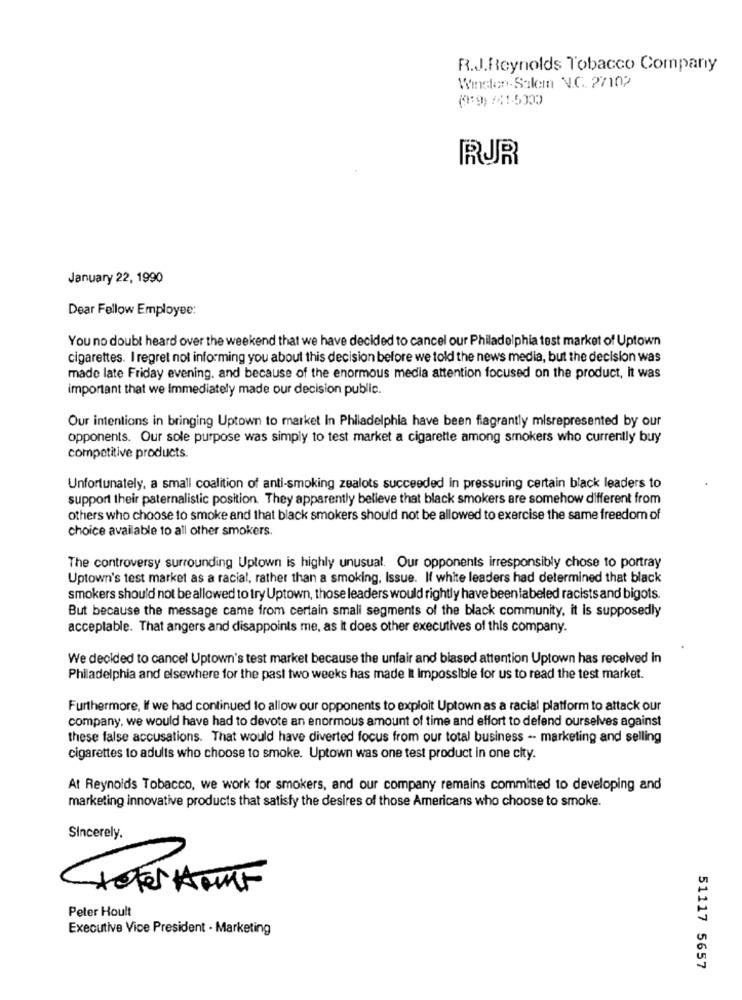
R.J.Reynolds Tobacco Company
Winston-Salem N.C. 27102
(9:9) /41-5300
January 22, 1990
Dear Fellow Employee:
You no doubt heard over the weekend that we have decided to cancel our Philadelphia test market of Uptown
cigarettes. I regret not informing you about this decision before we told the news media, but the decision was
made late Friday evening, and because of the enormous media attention focused on the product, It was
important that we Immediately made our decision public.
Our intentions in bringing Uptown to market In Philadelphia have been flagrantly misrepresented by our
opponents. Our sole purpose was simply to test market a cigarette among smokers who currently buy
competitive products.
Unfortunately, a small coalition of anti-smoking zealots succeeded in pressuring certain black leaders to
support their paternalistic position. They apparently believe that black smokers are somehow different from
others who choose to smoke and that black smokers should not be allowed to exercise the same freedom of
choice available to all other smokers.
The controversy surrounding Uptown is highly unusual. Our opponents irresponsibly chose to portray
Uptown's test market as a racial, rather than a smoking, Issue. If white leaders had determined that black
smokers should not be allowed to try Uptown, those leaders would rightly have been labeled racists and bigots.
But because the message came from certain smali segments of the black community, it is supposedly
acceptable. That angers and disappoints me, as it does other executives of this company.
We decided to cancel Uptown's test market because the unfair and biased attention Uptown has received in
Philadelphia and elsewhere for the past two weeks has made It Impossible for us to read the test market.
Furthermore, If we had continued to allow our opponents to exploit Uptown as a racial platform to attack our
company, we would have had to devote an enormous amount of time and effort to defend ourselves against
these false accusations. That would have diverted focus from our total business -- marketing and selling
cigarettes to adults who choose to smoke. Uptown was one test product in one city.
At Reynolds Tobacco, we work for smokers, and our company remains committed to developing and
marketing innovative products that satisfy the desires of those Americans who choose to smoke.
Sincerely.
Peter Hoult
Executive Vice President - Marketing
51117 5657